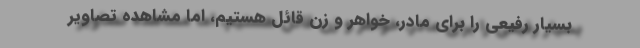
بسيار رفيعي را براي مادر، خواهر و زن قائل هستيم، اما مشاهده تصاوير